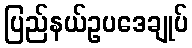
ပြည်နယ်ဥပဒေချုပ်